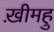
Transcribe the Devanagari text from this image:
ख़ीमहु